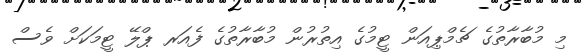
މި މުބާރާތުގެ ޗެމްޕިއަން ޓީމުގެ އިތުރުން މުބާރާތުގެ ފެއަރ ޕްލޭ ޓީމަކަށް ވެސް